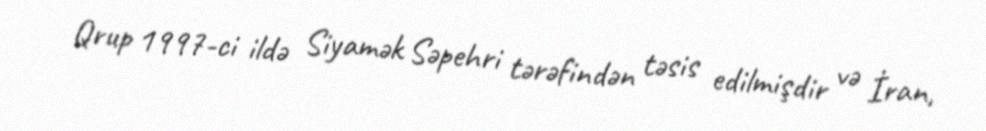
Qrup 1997-ci ildə Siyamək Səpehri tərəfindən təsis edilmişdir və İran,